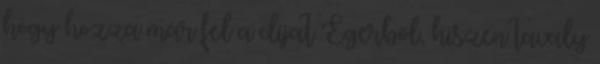
hogy hozza már fel a díjat Egerből, hiszen tavaly